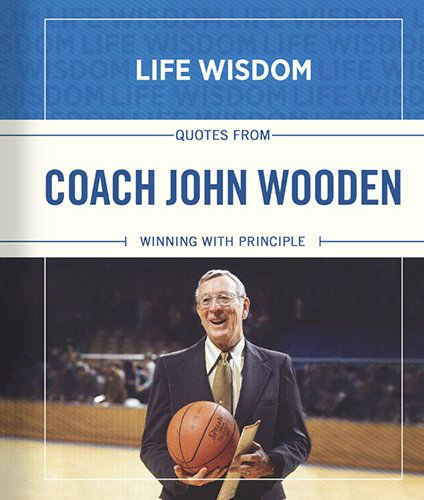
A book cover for Quotes from Coach John Wooden: Winning With Principle (Life Wisdom); Reference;